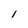
Character: 1